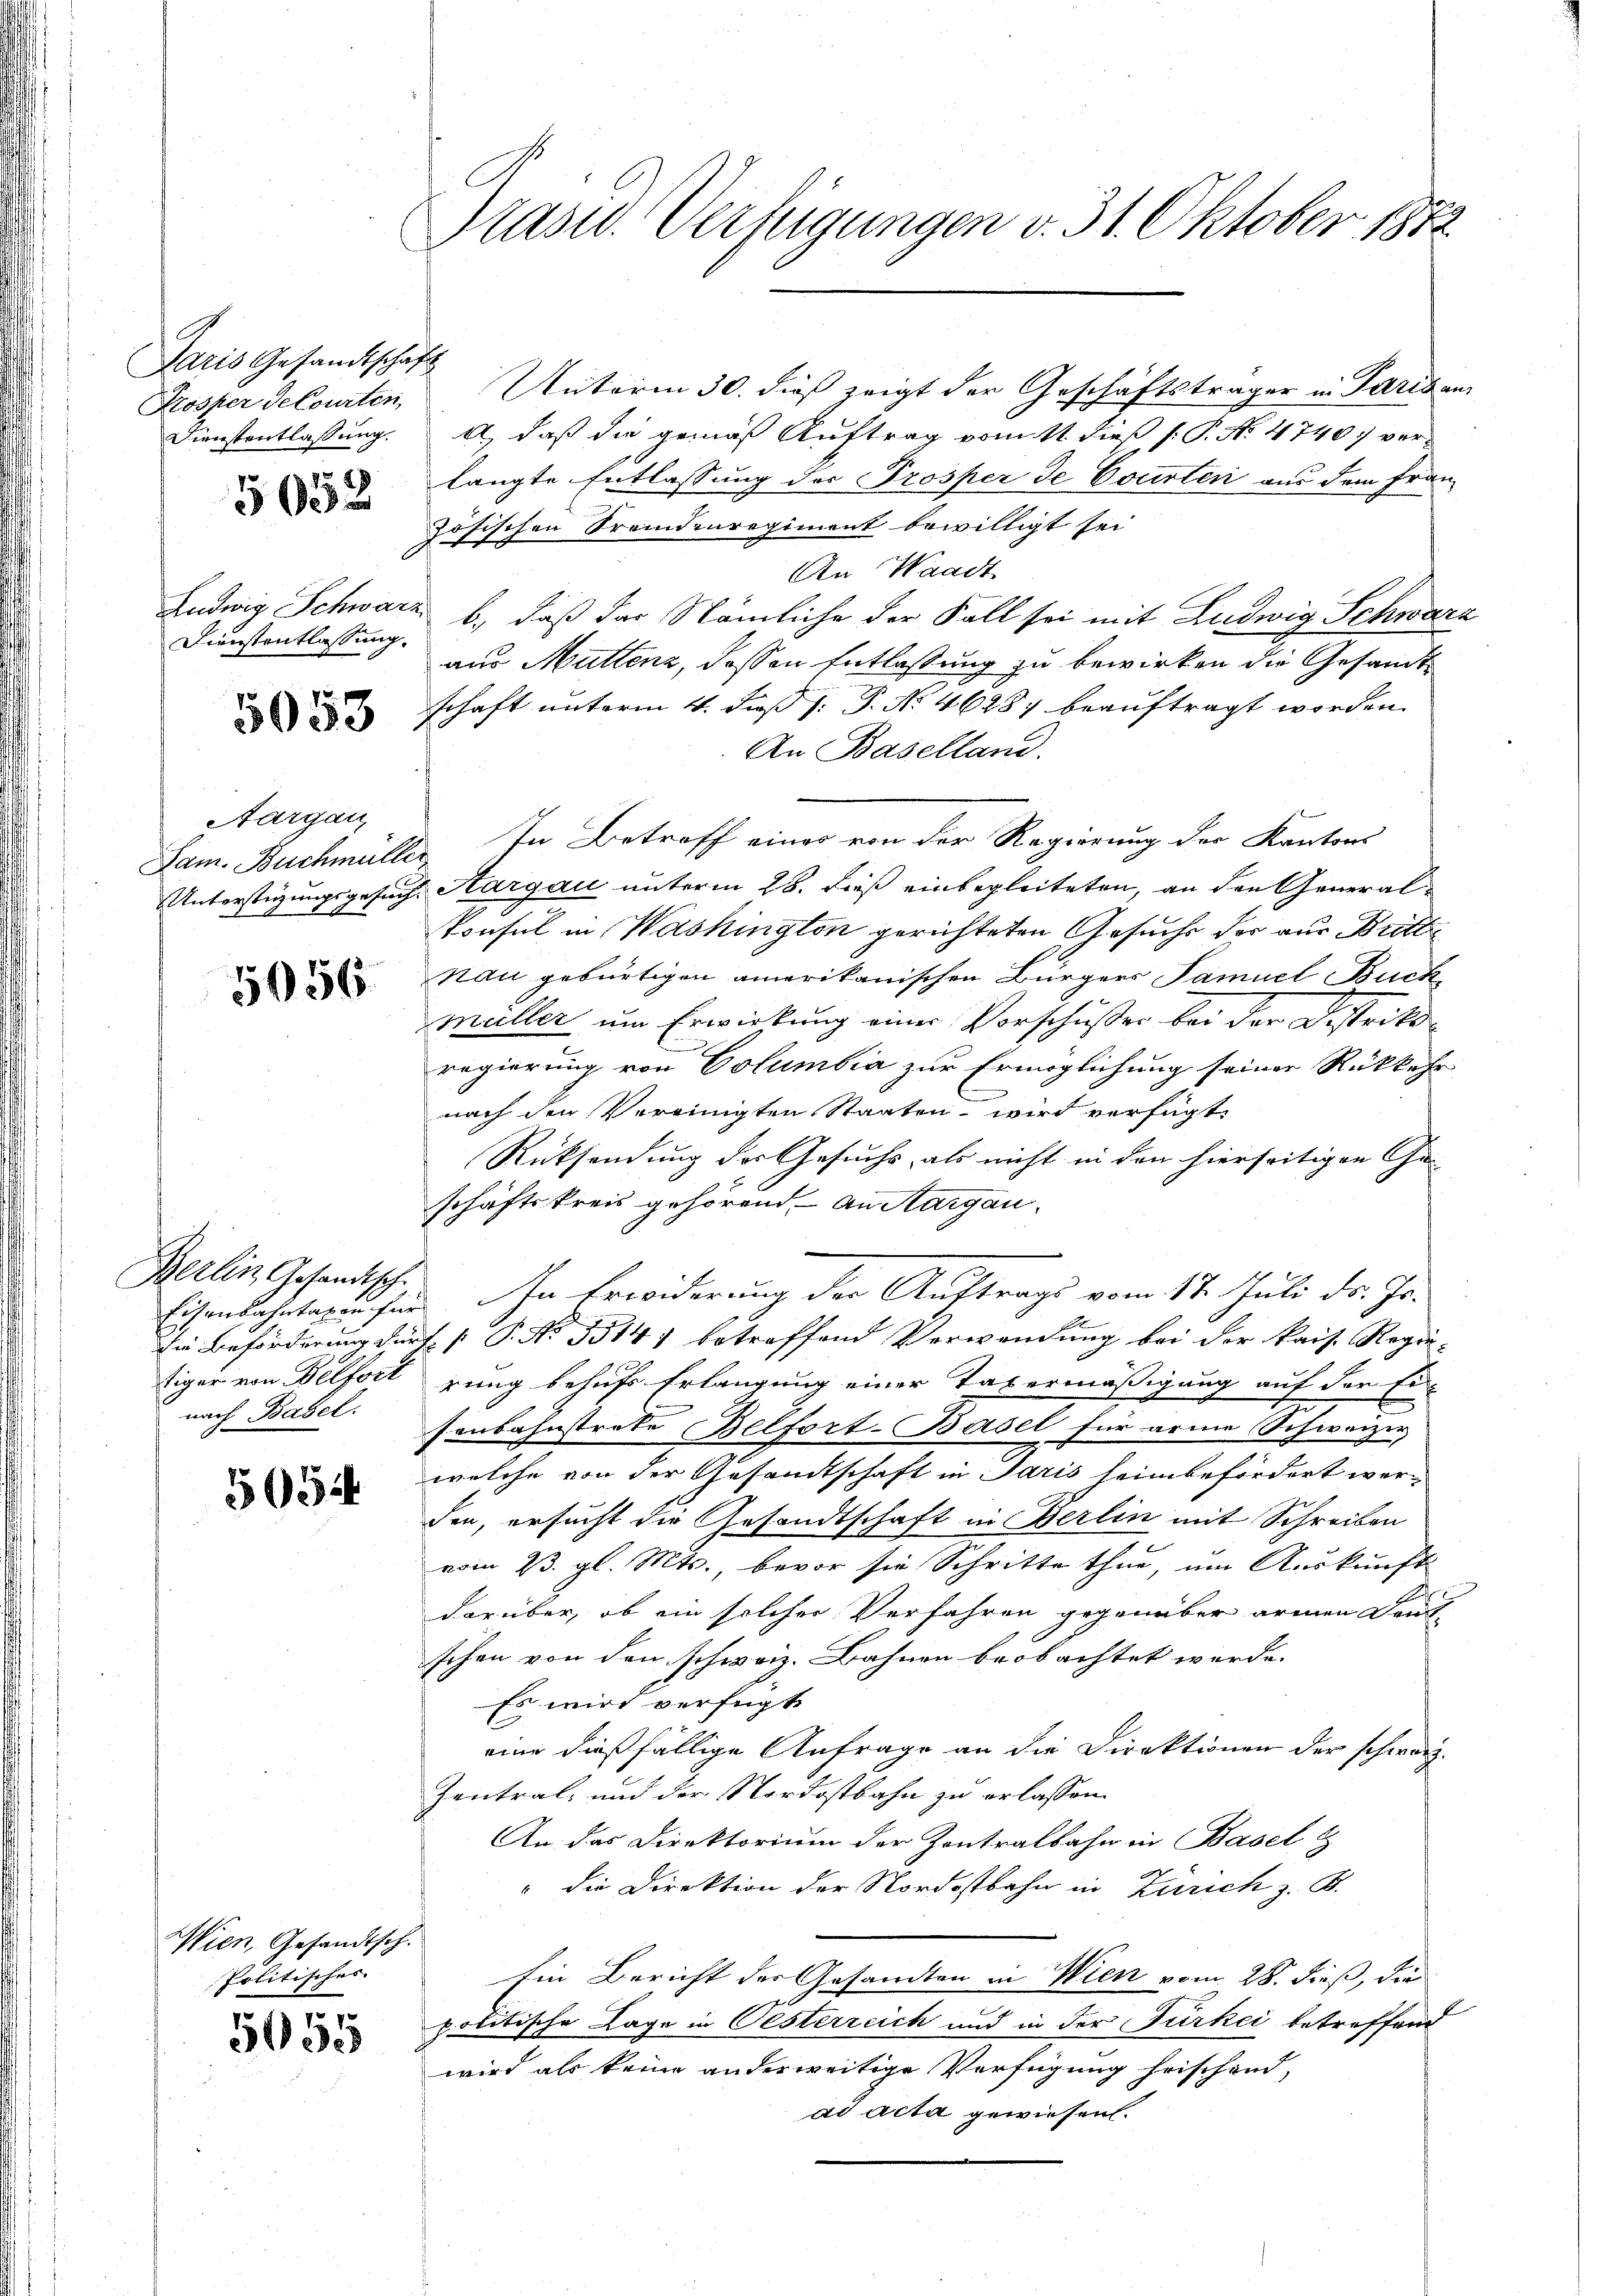
Paris Gesandtschaft
Dienstentlassung.

5052

Dienstentlassung.

5053

Aargau

5056.

Berlin Gesandtsch.
nach Basel.

5052

Wien, Gesandtsch.
Politisches. |

,
50 di

Prasw. Verfügungen v. 31. Oktober 1872

Krosper Selourten Unterm 30. dieß zeigt der Geschäftsträger in Paris an
A, daß die gemäß Auftrag vom 11. dieß (: P. No. 4740; verlangte Entlassung der Prosper de Courten aus dem Französischen Fremdenregiment bewilligt sei
An Waadt
Ludwig Schwarz b., daß das Nämliche der Fall sei mit Ludwig Schwarz
aus Muttenz, dessen Entlassung zu bewirken die Gesandtschaft unterm 4. daß (: P. Nr. 46287 beauftragt worden.
An Baselland.
Sam. Buchmüller. In Betreff eines von der Regierung der Kantons
Unterstüzungsgesuch Aargau unterm 28. dieß einbegleiteten, an den Generalkonsul in Washington gerichteten Gesuche der aus Britt
nau gebürtigen amerikanischen Bürgers Samuel Buck
müller um Erwirkung einer Vorschußer bei der Bestritregierung von Columbia zur Ermöglichung seiner Rückkehr
C
nach den Vereinigten Staaten wird verfügt:
Rücksendung der Gesuchs, als nicht in den hierseitigen Geschäftskreis gehörend, an Aargau¬
Eisenbahntagen für In Erwiderung der Auftrags vom 17. Juli d. Js.
Die Beförderung dürfe P. Nr. 3314) betreffend Verwendung bei der kais. Regie-
tiger von Belfort rung behufs Erlangung einer Tavermäßigung auf der Ei
senbahnstreke Belfort-Basel für arme Schweizer
welche von der Gesandtschaft in Paris heim befördert werden, ersucht die Gesandtschaft in Berlin mit Schreiben
vom 23. gl. Mts., bevor sie Schritte thue, um Auskunft
darüber, ob ein solcher Verfahren gegenüber armen Druck-
schen von den schweiz. Bahnen beobachtet werde.
Es wird verfügt
eine dießfällige Anfrage an die Direktionen der schwarz¬
Zentral, und der Nordostbahn zu erlassen.
An das Direktorium der Kontralbahn in Basel &
" die Direktion der Nordostbahn in Zürich z. B.
Ein Bericht der Gesandten in Wien vom 28. dieß, die
politische Lage in Oesterreich und in der Türkei betreffend
wird als keine anderweitige Verfügung frischend,
ad acta gewiesen.